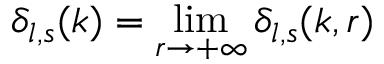
\delta _ { l , s } ( k ) = \operatorname * { l i m } _ { r \rightarrow + \infty } \delta _ { l , s } ( k , r )